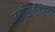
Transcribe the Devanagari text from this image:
परीपुर्ततेप्रती